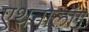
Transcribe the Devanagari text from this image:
एथनोलॉग